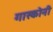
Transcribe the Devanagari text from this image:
गास्कोनी